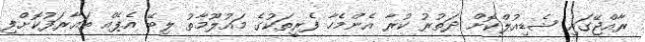
ރާއްޖޭގައި ޝެޑިއުލްކޮށް ދަތުރު ކުރާ އެންމެހާ ފެރީތަކުގެ މައުލޫމާތު ލިބޭ އެޕެއް ތައާރަފުކޮށްފި